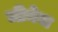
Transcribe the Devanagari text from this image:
जीनेवा